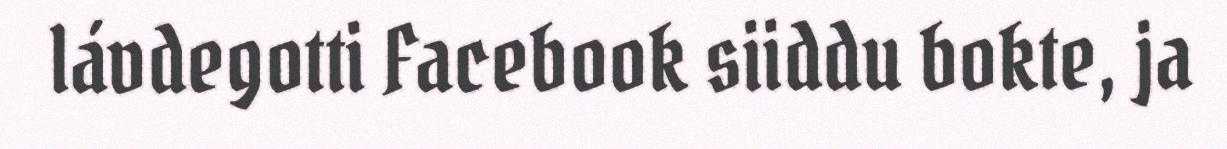
lávdegotti Facebook siiddu bokte, ja